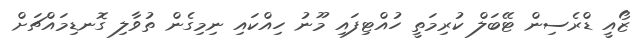
ޒޯއީ ޑްރެސިން ޓޭބަލް ކުރިމަތީ ހުއްޓިފައި މޫނު ހިއްކައި ނިމިގެން ތުވާލި ގޮނޑިމައްޗަށް